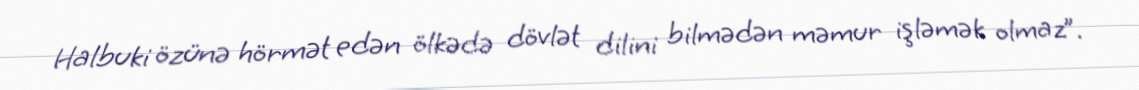
Halbuki özünə hörmət edən ölkədə dövlət dilini bilmədən məmur işləmək olmaz”.